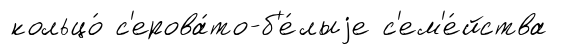
кольцо́ с'ерова́то-б'е́лыjе с'ем'е́йства